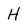
Character: H